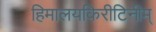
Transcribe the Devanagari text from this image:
हिमालयकिरीटिनीम्